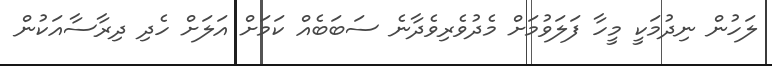
ލަހުން ނިދުމަކީ މީހާ ފަލަވުމަށް މެދުވެރިވެދާނެ ސަބަބެއް ކަމަށް އަލަށް ހެދި ދިރާސާއަކުން